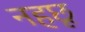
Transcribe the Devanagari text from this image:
नहछू